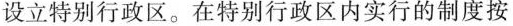
设立特别行政区。在特别行政区内实行的制度按